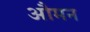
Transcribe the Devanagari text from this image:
औमन